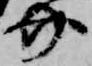
介